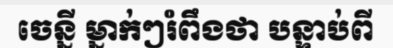
ចេន្នី ម្នាក់ៗរំពឹងថា បន្ទាប់ពី